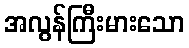
အလွန်ကြီးမားသော